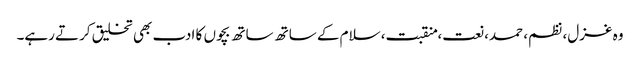
وہ غزل، نظم، حمد، نعت، منقبت، سلام کے ساتھ ساتھ بچوں کا ادب بھی تخلیق کرتے رہے۔